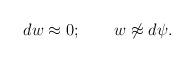
LaTeX: \begin{align*}dw \approx 0; \quad \quad w\not \approx d\psi.\end{align*}